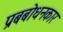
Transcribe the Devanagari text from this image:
प्रबबोधनकार